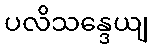
ပလိသန္ဒေယျ